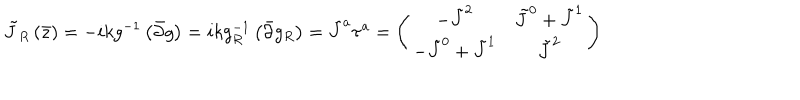
\tilde { J } _ { R } \left( \bar { z } \right) = - i k g ^ { - 1 } \left( \bar { \partial } g \right) = i k g _ { R } ^ { - 1 } \left( \bar { \partial } g _ { R } \right) = \tilde { J } ^ { a } \tau ^ { a } = \left( \begin{array} { c c } { { - \tilde { J } ^ { 2 } } } & { { \tilde { J } ^ { 0 } + \tilde { J } ^ { 1 } } } \\ { { - \tilde { J } ^ { 0 } + \tilde { J } ^ { 1 } } } & { { \tilde { J } ^ { 2 } } } \\ \end{array} \right)